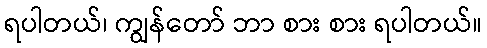
ရပါတယ်၊ ကျွန်တော် ဘာ စား စား ရပါတယ်။